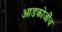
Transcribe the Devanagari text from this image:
आडकोजींच